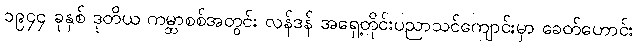
၁၉၄၄ ခုနှစ် ဒုတိယ ကမ္ဘာစစ်အတွင်း လန်ဒန် အရှေ့တိုင်းပညာသင်ကျောင်းမှာ ခေတ်ဟောင်း